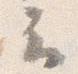
云